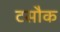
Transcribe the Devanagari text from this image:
टसौक